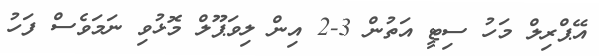
އޭޕްރިލް މަހު ސިޓީ އަތުން 3-2 އިން ލިވަޕޫލް މޮޅުވި ނަމަވެސް ފަހު